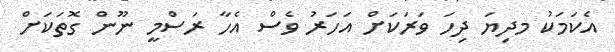
އެކަމަކު މދިޔަ ދިހަ ވަރަކަށް އަހަރު ވެސް އެހާ ރަސްމީ ނޫން ގޮތަކަށް